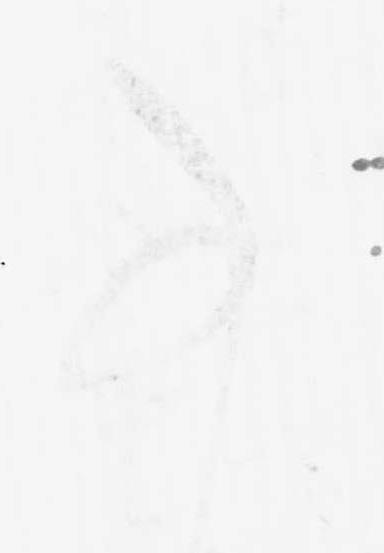
事